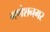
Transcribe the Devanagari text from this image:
गणेशनगर